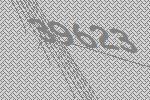
39623